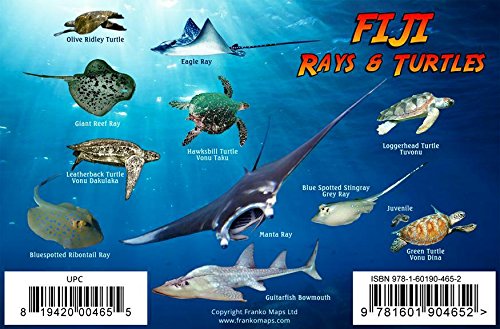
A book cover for Fiji Sharks, Rays & Turtles Franko Maps Laminated Card; Franko Maps Ltd.; Travel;